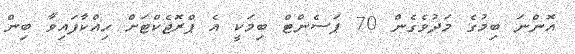
އޮންނަ ބިމުގެ މަދުވެގެން 70 ޕަސެންޓް ބިމަކީ އެ ޕްރޮޖެކްޓަށް ހިއްކާފައިވާ ބިން